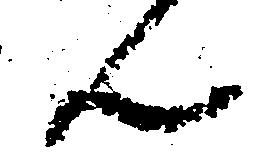
ん